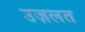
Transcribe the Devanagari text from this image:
उज़लत